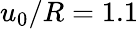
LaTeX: u_{0}/R=1.1